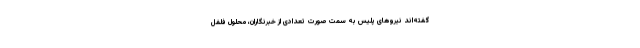
گفته‌اند نیروهای پلیس به سمت صورت تعدادی از خبرنگاران، محلول فلفل